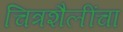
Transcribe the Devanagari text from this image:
चित्रशैलींचा